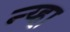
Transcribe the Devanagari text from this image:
न्य्हा